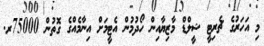
މި އަހަރުގެ ޗެރިޓީ ޝީލްޑް މާޒިޔާއިން ހޯދުމުން އެޓީމަށް އިނާމެއްގެ ގޮތުން 75000ރ.